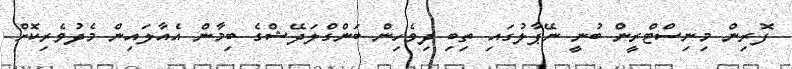
ފޮރިން މިނިސްޓްރީން ބުނީ ނޭޕާލުގައި ތިބި ދިވެހިން ބަންގްލަދޭޝްގެ ބިމާން އެއާލައިން މެދުވެރިކޮށް